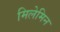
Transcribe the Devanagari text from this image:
मिलेमिन